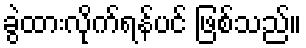
ခွဲထားလိုက်ရန်ပင် ဖြစ်သည်။